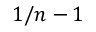
1 / n - 1